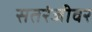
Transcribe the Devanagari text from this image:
सतरंजीवर